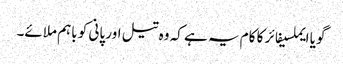
گویا ایملسیفائر کا کام یہ ہے کہ وہ تیل اور پانی کو باہم ملائے۔